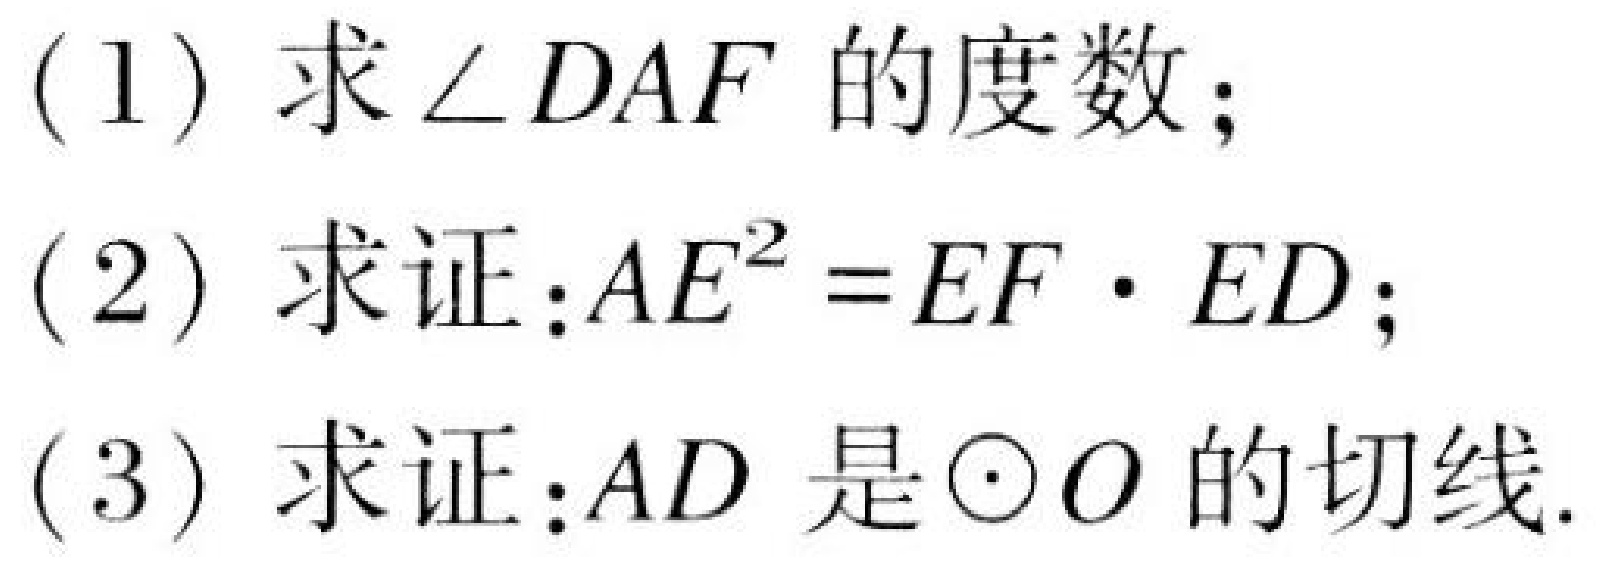
(1) 求\(\angle DAF\)的度数；
(2) 求证：\(AE^{2}=EF\cdot ED\)；
(3) 求证：\(AD\)是\(\odot O\)的切线.